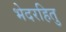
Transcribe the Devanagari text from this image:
भेदरहितु